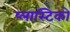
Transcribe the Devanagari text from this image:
प्लास्टिको